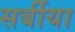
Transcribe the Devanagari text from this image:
सर्बीया